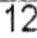
12